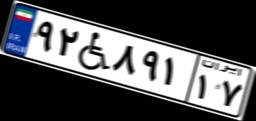
۶۹W۷۱۸۴۵